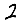
Digit: 2